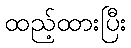
ထည့်ထားပြီး